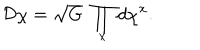
LaTeX: { \cal D } \chi = \sqrt { G } \ \prod _ { x } d \chi ^ { x } .